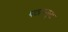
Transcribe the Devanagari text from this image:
पठानमुख